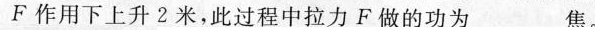
F作用下上升2米，此过程中拉力F做的功为___焦。